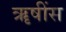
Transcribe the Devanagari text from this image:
ॠषींस